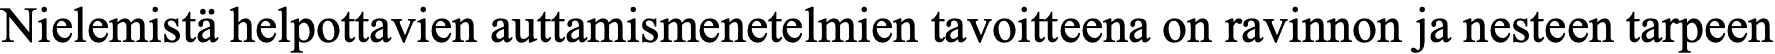
Nielemistä helpottavien auttamismenetelmien tavoitteena on ravinnon ja nesteen tarpeen